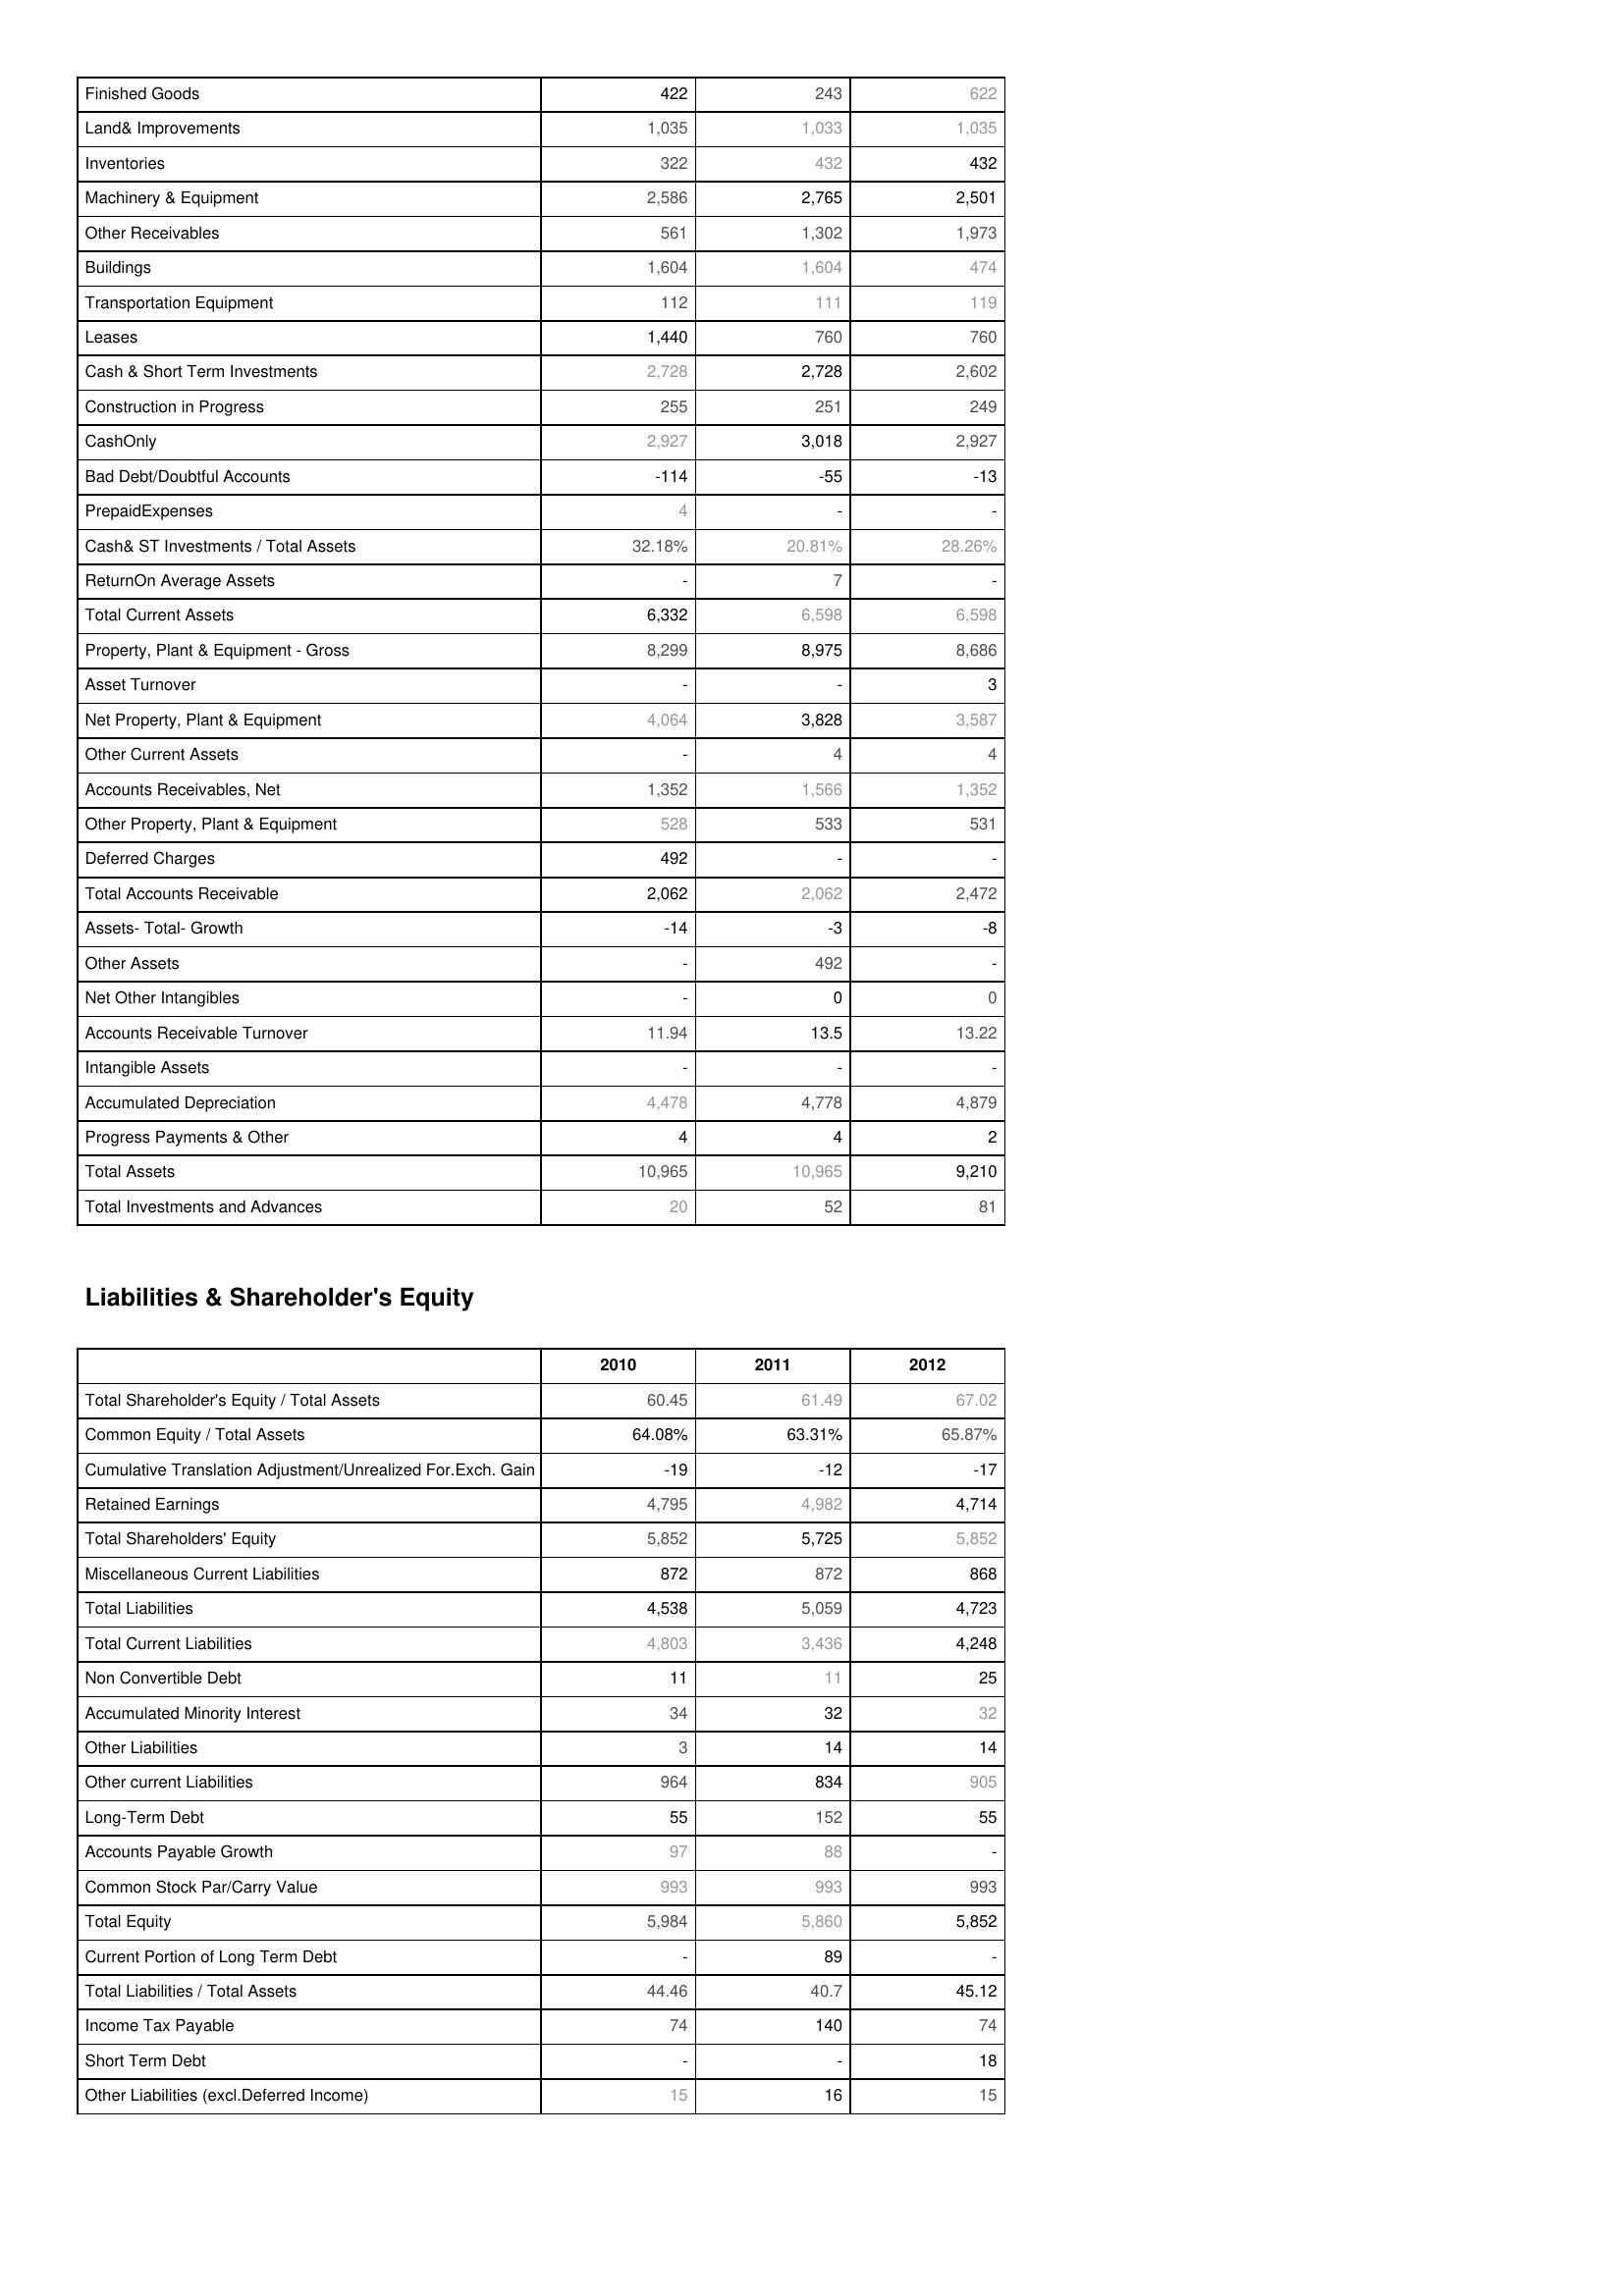
2010: Assets: Finished Goods: 422
Land& Improvements: 1,035
Inventories: 322
Machinery & Equipment: 2,586
Other Receivables: 561
Buildings: 1,604
Transportation Equipment: 112
Leases: 1,440
Cash & Short Term Investments: 2,728
Construction in Progress: 255
CashOnly: 2,927
Bad Debt/Doubtful Accounts: -114
PrepaidExpenses: 4
Cash& ST Investments / Total Assets: 32.18%
ReturnOn Average Assets: -
Total Current Assets: 6,332
Property, Plant & Equipment - Gross : 8,299
Asset Turnover: -
Net Property, Plant & Equipment: 4,064
Other Current Assets: -
Accounts Receivables, Net: 1,352
Other Property, Plant & Equipment: 528
Deferred Charges: 492
Total Accounts Receivable: 2,062
Assets- Total- Growth: -14
Other Assets: -
Net Other Intangibles: -
Accounts Receivable Turnover: 11.94
Intangible Assets: -
Accumulated Depreciation: 4,478
Progress Payments & Other: 4
Total Assets: 10,965
Total Investments and Advances: 20
Liabilities & Shareholder's Equity: Total Shareholder's Equity / Total Assets: 60.45
Common Equity / Total Assets: 64.08%
Cumulative Translation Adjustment/Unrealized For.Exch. Gain: -19
Retained Earnings: 4,795
Total Shareholders' Equity: 5,852
Miscellaneous Current Liabilities: 872
Total Liabilities: 4,538
Total Current Liabilities: 4,803
Non Convertible Debt: 11
Accumulated Minority Interest: 34
Other Liabilities: 3
Other current Liabilities: 964
Long-Term Debt: 55
Accounts Payable Growth: 97
Common Stock Par/Carry Value: 993
Total Equity: 5,984
Current Portion of Long Term Debt: -
Total Liabilities / Total Assets: 44.46
Income Tax Payable: 74
Short Term Debt: -
Other Liabilities (excl.Deferred Income): 15
2011: Assets: Finished Goods: 243
Land& Improvements: 1,033
Inventories: 432
Machinery & Equipment: 2,765
Other Receivables: 1,302
Buildings: 1,604
Transportation Equipment: 111
Leases: 760
Cash & Short Term Investments: 2,728
Construction in Progress: 251
CashOnly: 3,018
Bad Debt/Doubtful Accounts: -55
PrepaidExpenses: -
Cash& ST Investments / Total Assets: 20.81%
ReturnOn Average Assets: 7
Total Current Assets: 6,598
Property, Plant & Equipment - Gross : 8,975
Asset Turnover: -
Net Property, Plant & Equipment: 3,828
Other Current Assets: 4
Accounts Receivables, Net: 1,566
Other Property, Plant & Equipment: 533
Deferred Charges: -
Total Accounts Receivable: 2,062
Assets- Total- Growth: -3
Other Assets: 492
Net Other Intangibles: 0
Accounts Receivable Turnover: 13.5
Intangible Assets: -
Accumulated Depreciation: 4,778
Progress Payments & Other: 4
Total Assets: 10,965
Total Investments and Advances: 52
Liabilities & Shareholder's Equity: Total Shareholder's Equity / Total Assets: 61.49
Common Equity / Total Assets: 63.31%
Cumulative Translation Adjustment/Unrealized For.Exch. Gain: -12
Retained Earnings: 4,982
Total Shareholders' Equity: 5,725
Miscellaneous Current Liabilities: 872
Total Liabilities: 5,059
Total Current Liabilities: 3,436
Non Convertible Debt: 11
Accumulated Minority Interest: 32
Other Liabilities: 14
Other current Liabilities: 834
Long-Term Debt: 152
Accounts Payable Growth: 88
Common Stock Par/Carry Value: 993
Total Equity: 5,860
Current Portion of Long Term Debt: 89
Total Liabilities / Total Assets: 40.7
Income Tax Payable: 140
Short Term Debt: -
Other Liabilities (excl.Deferred Income): 16
2012: Assets: Finished Goods: 622
Land& Improvements: 1,035
Inventories: 432
Machinery & Equipment: 2,501
Other Receivables: 1,973
Buildings: 474
Transportation Equipment: 119
Leases: 760
Cash & Short Term Investments: 2,602
Construction in Progress: 249
CashOnly: 2,927
Bad Debt/Doubtful Accounts: -13
PrepaidExpenses: -
Cash& ST Investments / Total Assets: 28.26%
ReturnOn Average Assets: -
Total Current Assets: 6,598
Property, Plant & Equipment - Gross : 8,686
Asset Turnover: 3
Net Property, Plant & Equipment: 3,587
Other Current Assets: 4
Accounts Receivables, Net: 1,352
Other Property, Plant & Equipment: 531
Deferred Charges: -
Total Accounts Receivable: 2,472
Assets- Total- Growth: -8
Other Assets: -
Net Other Intangibles: 0
Accounts Receivable Turnover: 13.22
Intangible Assets: -
Accumulated Depreciation: 4,879
Progress Payments & Other: 2
Total Assets: 9,210
Total Investments and Advances: 81
Liabilities & Shareholder's Equity: Total Shareholder's Equity / Total Assets: 67.02
Common Equity / Total Assets: 65.87%
Cumulative Translation Adjustment/Unrealized For.Exch. Gain: -17
Retained Earnings: 4,714
Total Shareholders' Equity: 5,852
Miscellaneous Current Liabilities: 868
Total Liabilities: 4,723
Total Current Liabilities: 4,248
Non Convertible Debt: 25
Accumulated Minority Interest: 32
Other Liabilities: 14
Other current Liabilities: 905
Long-Term Debt: 55
Accounts Payable Growth: -
Common Stock Par/Carry Value: 993
Total Equity: 5,852
Current Portion of Long Term Debt: -
Total Liabilities / Total Assets: 45.12
Income Tax Payable: 74
Short Term Debt: 18
Other Liabilities (excl.Deferred Income): 15